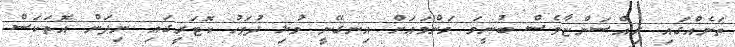
ތަނެއްގައި ރިއްސަންޏާވެސް ބުނީމަ މަންމައަށް އިނގޭނީ މުޅި ދުވަހު ކޮޓަރީގައި ނިދަން އޮތަކަސް